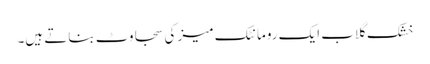
خشک گلاب ایک رومانٹک میز کی سجاوٹ بناتے ہیں۔